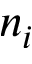
n _ { i }